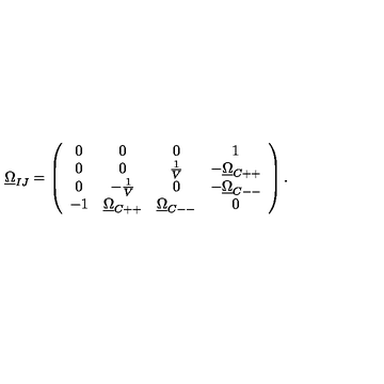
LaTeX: \underline { { \Omega } } _ { I J } = \left( \begin{array} { c c c c } { 0 } & { 0 } & { 0 } & { 1 } \\ { 0 } & { 0 } & { \frac { 1 } { V } } & { - \underline { { \Omega } } _ { C + + } } \\ { 0 } & { - \frac { 1 } { V } } & { 0 } & { - \underline { { \Omega } } _ { C -- } } \\ { - 1 } & { \underline { { \Omega } } _ { C + + } } & { \underline { { \Omega } } _ { C -- } } & { 0 } \\ \end{array} \right) .